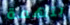
بتهمة